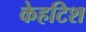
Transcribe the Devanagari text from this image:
केहटिश